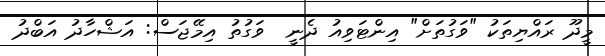
މީދޫ ރައްޔިތަކު "ވަގުތަށް" އިންޓަވިއު ދެނީ  ވަގުތު އިމޭޖަސް: އަޝްހާދު އަބްދު